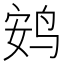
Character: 𫛩